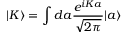
| K \rangle = \int d a \frac { e ^ { i K a } } { \sqrt { 2 \pi } } | a \rangle